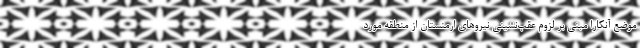
موضع آنکارا مبنی بر لزوم عقب‌نشینی نیروهای ارمنستان از منطقه مورد